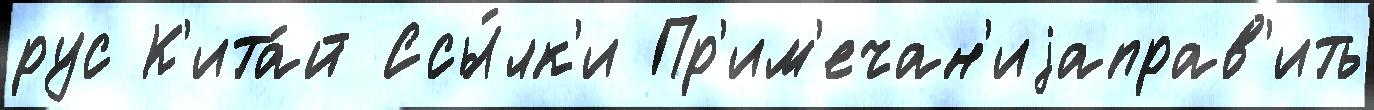
рус К'ита́й Ссы́лк'и Пр'им'ечан'иjаправ'ить